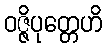
ဝဇ္ဇိပုတ္တေဟိ